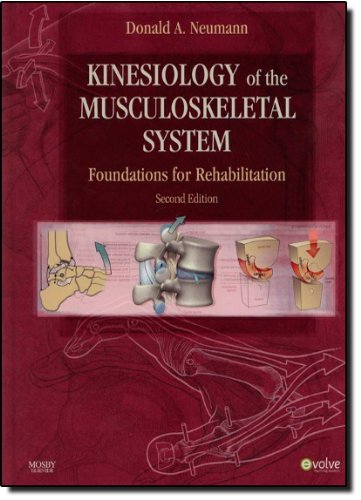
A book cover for Kinesiology of the Musculoskeletal System: Foundations for Rehabilitation, 2e; Donald A. Neumann; Engineering & Transportation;